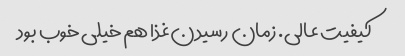
کیفیت عالی. زمان رسیدن‌غذا هم خیلی خوب بود